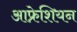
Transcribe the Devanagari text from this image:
आफ्रेशियन